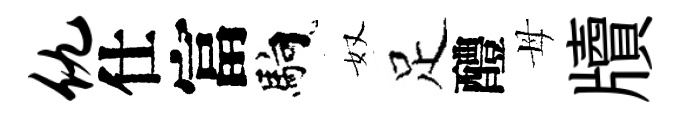
仇仕富馿奴足醴母牘